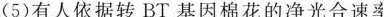
(5)有人依据转 BT 基因棉花的净光合速率大